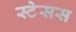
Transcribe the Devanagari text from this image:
स्टेसस